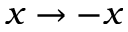
x \rightarrow - x